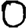
Digit: 0